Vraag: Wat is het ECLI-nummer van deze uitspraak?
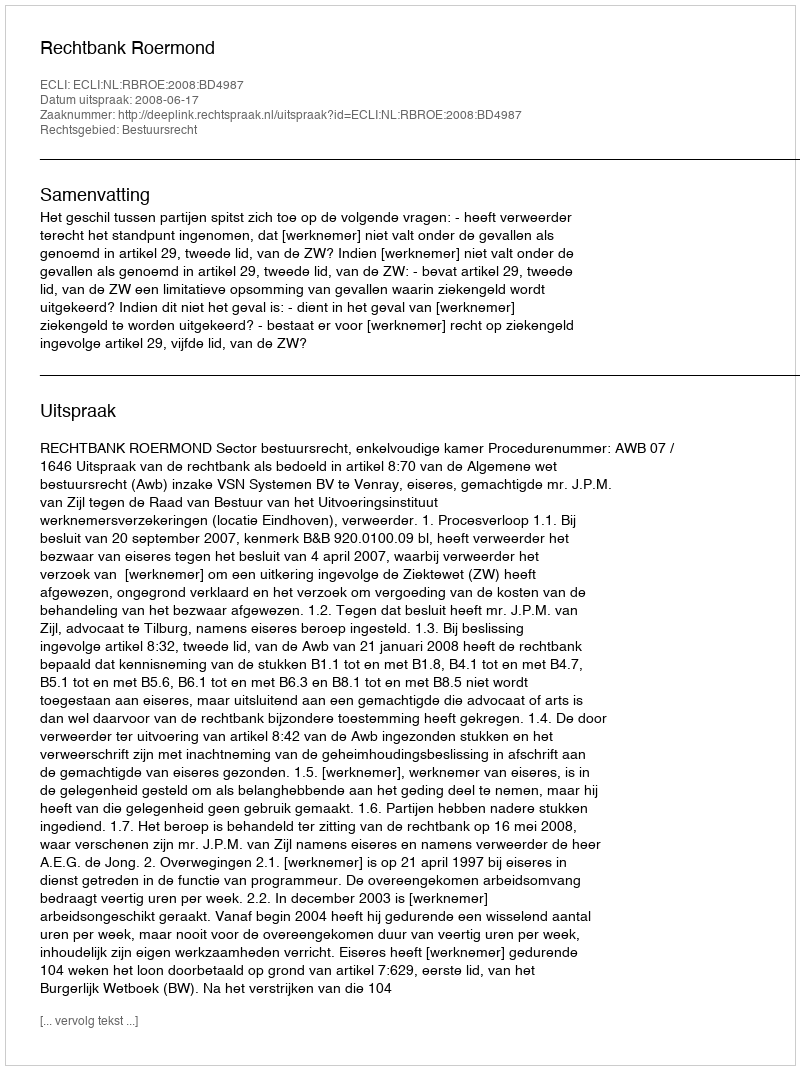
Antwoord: ECLI:NL:RBROE:2008:BD4987